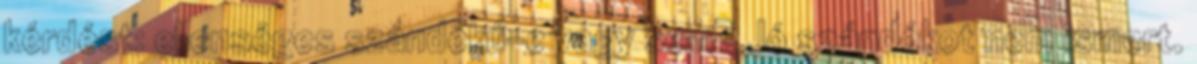
kérdést: ellenséges szándékú-e vagy sem? Jó szándékot nem ismert.